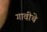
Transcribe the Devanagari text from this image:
गावीचे